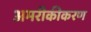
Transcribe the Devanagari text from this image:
अमरीकीकरण